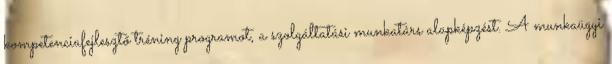
kompetenciafejlesztő tréning programot, a szolgáltatási munkatárs alapképzést. A munkaügyi